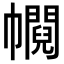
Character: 𢅰